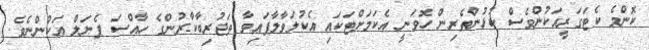
ކޮންމެ ކެޓަގަރީއަކުންވެސް ކުޅުންތެރިން ހޮވަނީ އެކަމަށްޓަކައި އެކުލަވާލާފައިވާ ތަޖުރިބާކާރުންގެ ހާއްސަ ޕެނަލް އަކުންނެވެ.